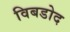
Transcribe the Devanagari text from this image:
विबडोद